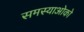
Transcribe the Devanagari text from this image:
समस्याओको